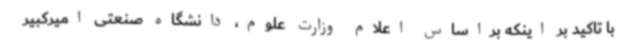
با تاکید بر اینکه براساس اعلام وزارت علوم، دانشگاه صنعتی امیرکبیر